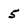
Character: 5